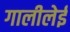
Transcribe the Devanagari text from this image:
गालीलेई